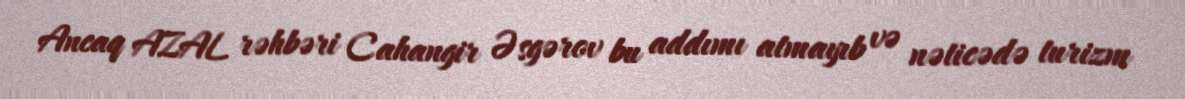
Ancaq AZAL rəhbəri Cahangir Əsgərov bu addımı atmayıb və nəticədə turizm